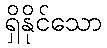
ရှိနိုင်သော